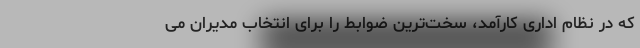
که در نظام اداری کارآمد، سخت‌ترین ضوابط را برای انتخاب مدیران می‌